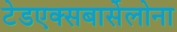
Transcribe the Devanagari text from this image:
टेडएक्सबार्सेलोना